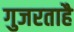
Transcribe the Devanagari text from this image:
गुजरताहै